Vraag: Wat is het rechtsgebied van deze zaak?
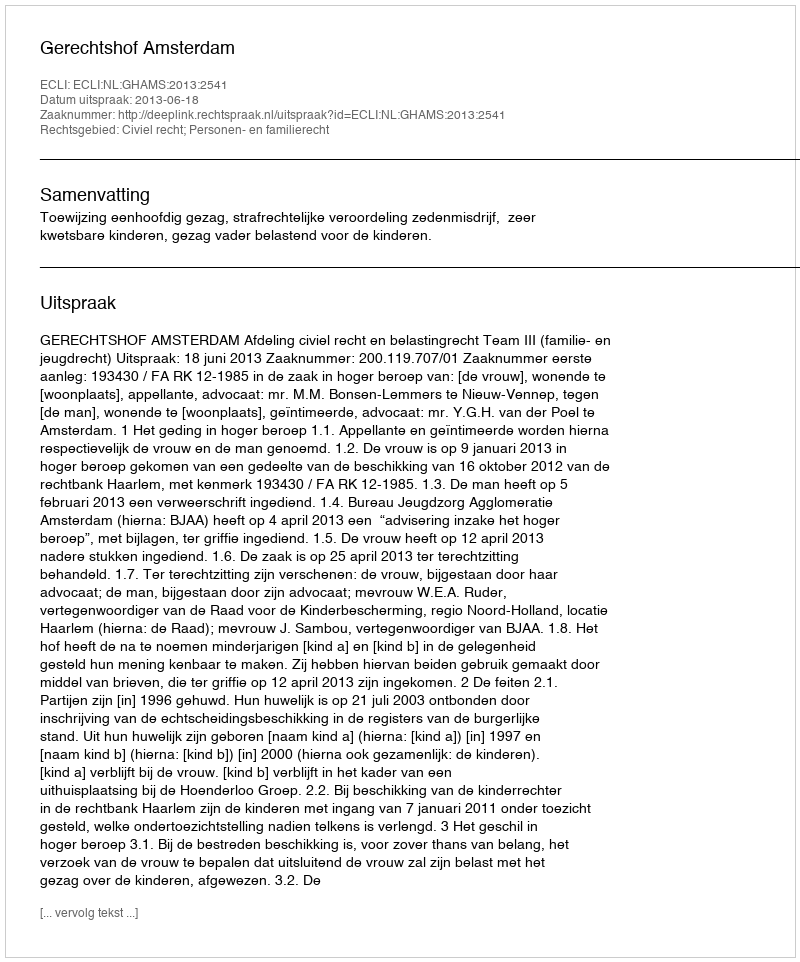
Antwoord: Civiel recht; Personen- en familierecht